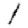
Digit: 1